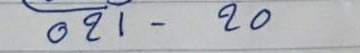
021 - 20